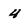
Character: 4